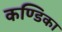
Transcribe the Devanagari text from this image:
कण्‍डिका